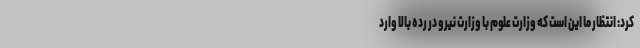
کرد: انتظار ما این است که وزارت علوم با وزارت نیرو در رده بالا وارد